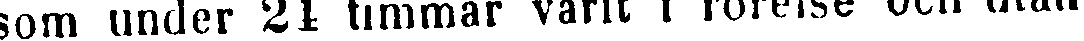
som under 24 timmar varit i rörelse och utan